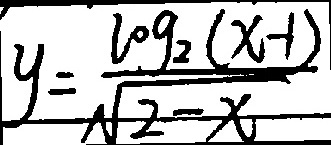
y = \frac { \log _ { 2 } ( x - 1 ) } { \sqrt { 2 - x } }